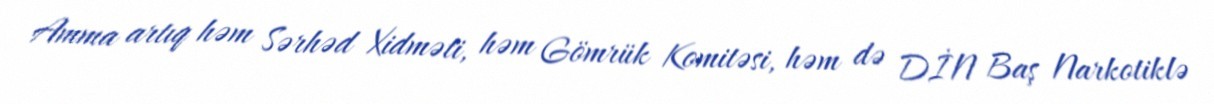
Amma artıq həm Sərhəd Xidməti, həm Gömrük Komitəsi, həm də DİN Baş Narkotiklə